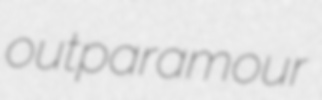
outparamour